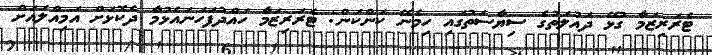
ޓެރަރިޒަމާ ގުޅޭ ދައުލަތުގެ ސިޔާސަތުގައި ހިމެނޭ ކަންކަން: ޓެރަރިޒަމާ ހައްދުފަހަނައެޅުމާ ދެކޮޅަށް އަމިއްލައަށް